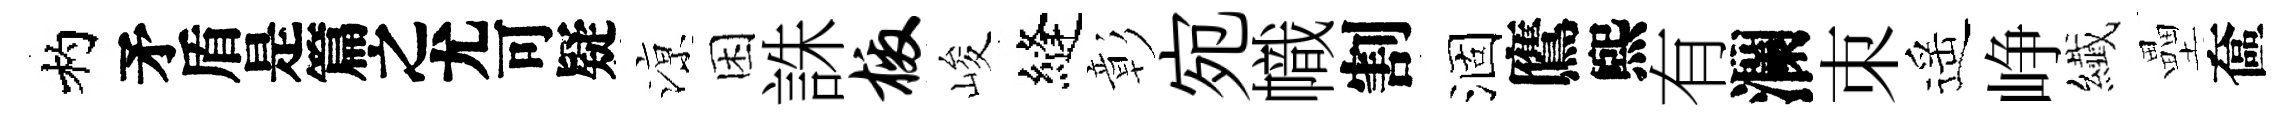
杓待鿌困誅檄峻縫彰宛幟割涸鷹煕有瀾朿遥峥纎壘奩